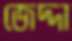
জেদ্দা